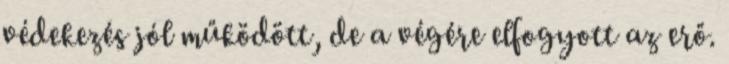
védekezés jól működött, de a végére elfogyott az erő.